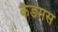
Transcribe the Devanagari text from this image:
कैडमस